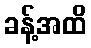
ခန့်အထိ